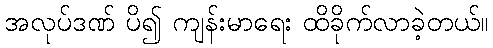
အလုပ်ဒဏ် ပိ၍ ကျန်းမာရေး ထိခိုက်လာခဲ့တယ်။